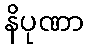
နိပုဏာ